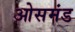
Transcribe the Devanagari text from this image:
ओसमंड